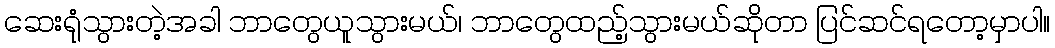
ဆေးရုံသွားတဲ့အခါ ဘာတွေယူသွားမယ်၊ ဘာတွေထည့်သွားမယ်ဆိုတာ ပြင်ဆင်ရတော့မှာပါ။